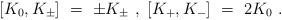
LaTeX: \begin{align*}[K_0 , K_{\pm} ]\ =\ \pm K_{\pm} \ ,\ [K_+ ,K_- ]\ =\ 2K_0 \ .\end{align*}